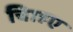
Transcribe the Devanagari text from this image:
चािहए